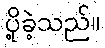
ပို့ခဲ့သည်။